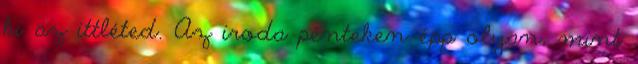
ki az ittléted. Az iroda pénteken épp olyan, mint